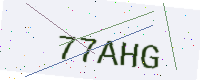
Text: 77AHG